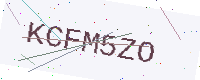
Text: KCFM5ZO